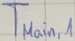
Text: TMAIN,1